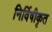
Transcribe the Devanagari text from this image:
निर्विषीकृत